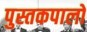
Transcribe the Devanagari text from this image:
पुस्तकपालों